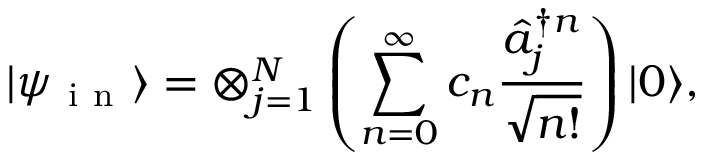
\vert \psi _ { \mathrm { ~ i ~ n ~ } } \rangle = \otimes _ { j = 1 } ^ { N } \left( \sum _ { n = 0 } ^ { \infty } c _ { n } \frac { \hat { a } _ { j } ^ { \dag n } } { \sqrt { n ! } } \right) \vert 0 \rangle ,